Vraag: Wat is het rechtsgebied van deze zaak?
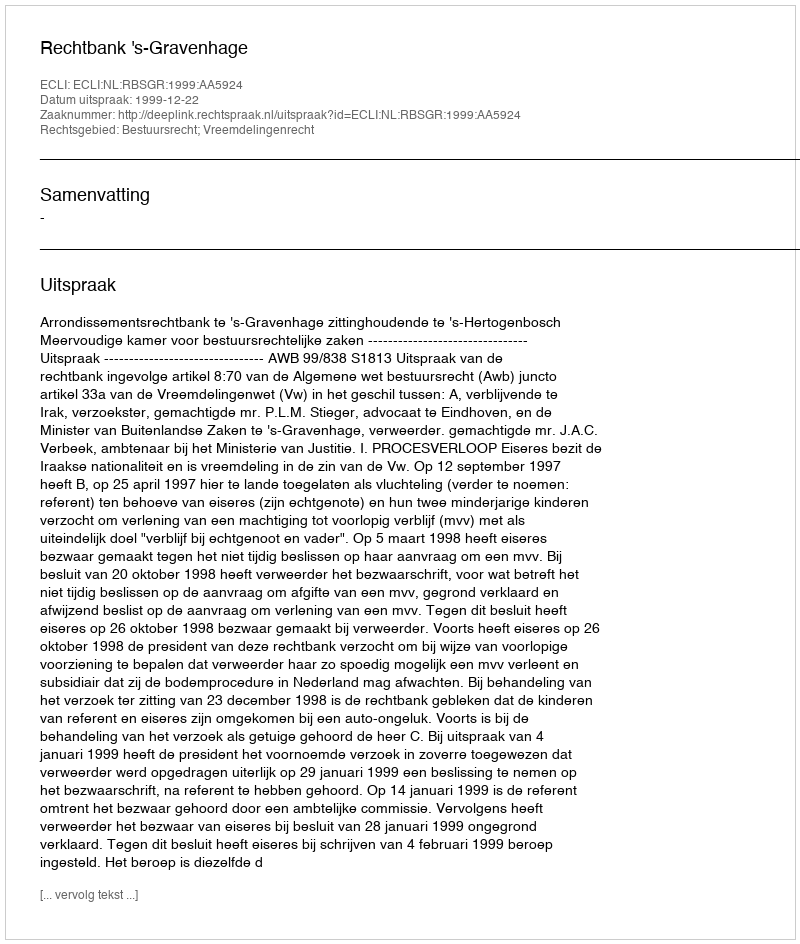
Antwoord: Bestuursrecht; Vreemdelingenrecht